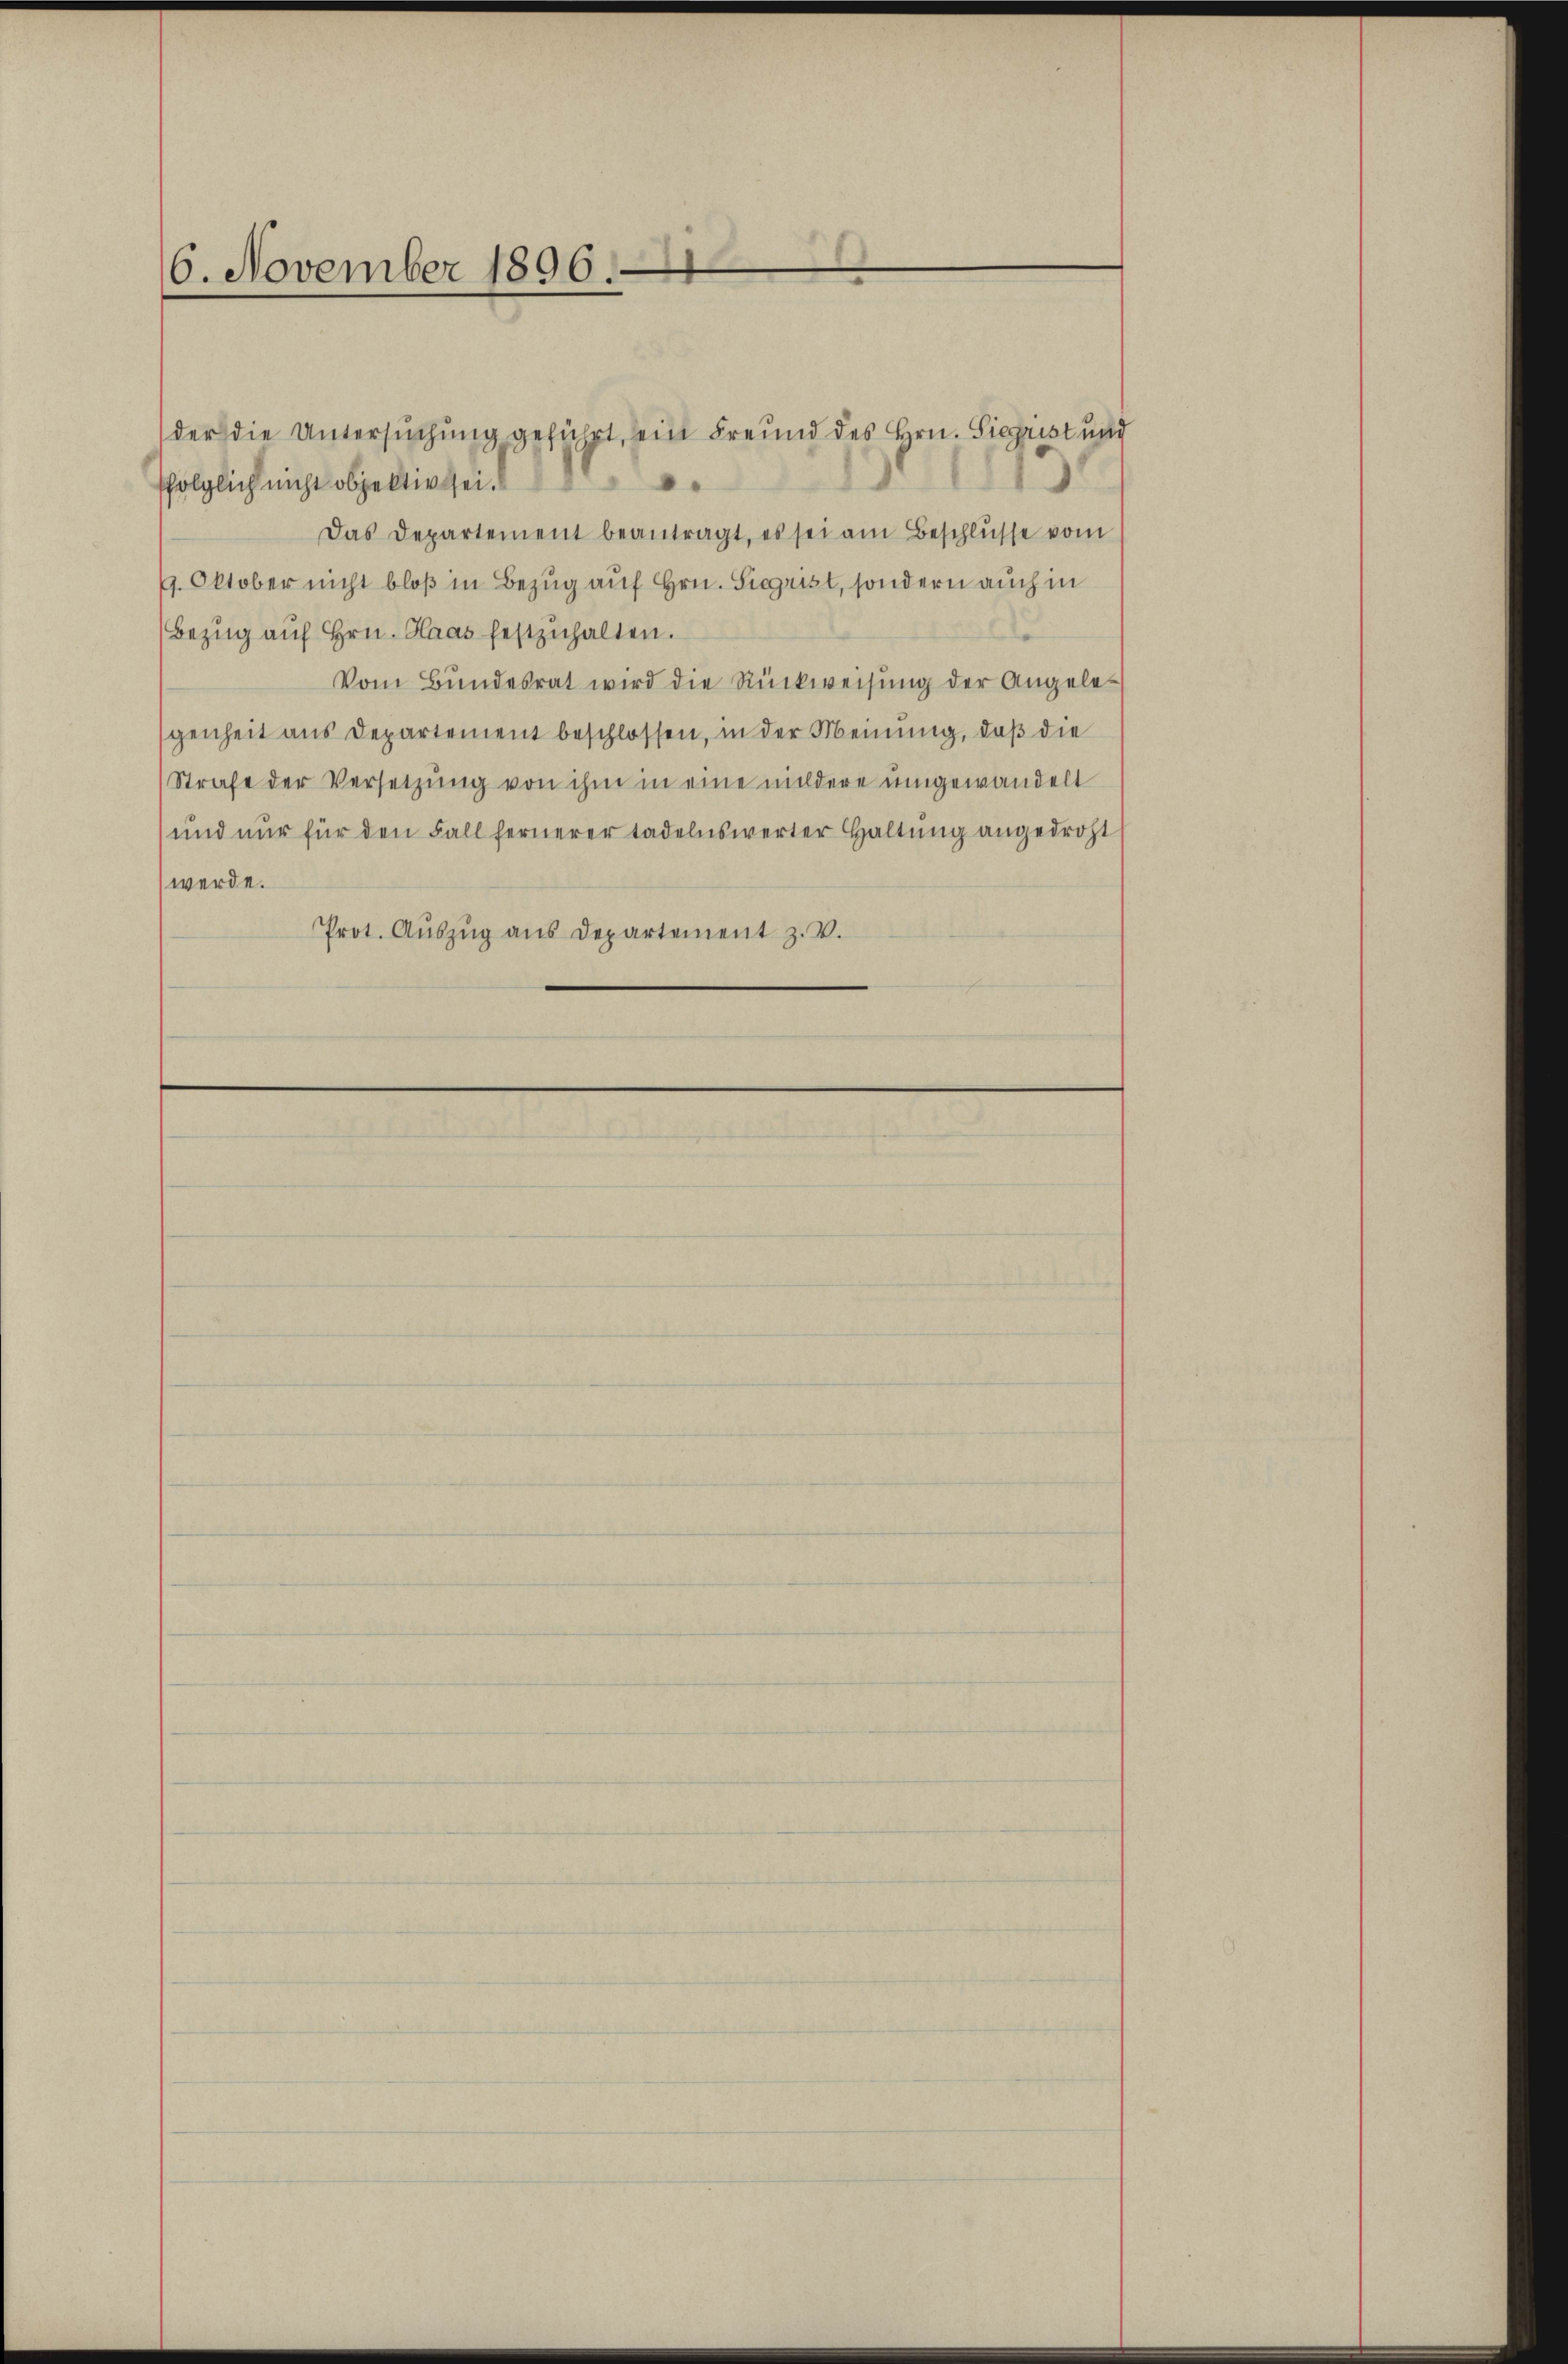
6. November 1896.

der die Untersuchung geführt, ein Freund des Hrn. Siegrist und
folglich nicht objektiv sei.
Das Departement beantragt, es sei am Beschlüsse vom
9. Oktober nicht bloß in Bezug auf Hrn. Sigrist, sondern auch in
Bezug auf Hrn. Haas festzuhalten.
Vom Bundesrat wird die Rückweisŭng der Angelegenheit aus Departement beschlossen, in der Meinung, daß die
Strafe der Versetzung von ihm in eine mildere umgewandelt
und nur für den Fall fernerer tadelnswerter Haltŭng angedroht
werde.
Prot. Auszug aus Departement z. B.